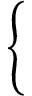
\left\{ \begin{array} { c } { \begin{array} { r l } \end{array} } \\ { \begin{array} { r l } \end{array} } \end{array} \right.